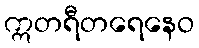
ဣတရီတရေနေဝ